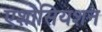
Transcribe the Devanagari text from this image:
एशोसियशन